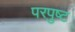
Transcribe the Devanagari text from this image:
परपुष्ट